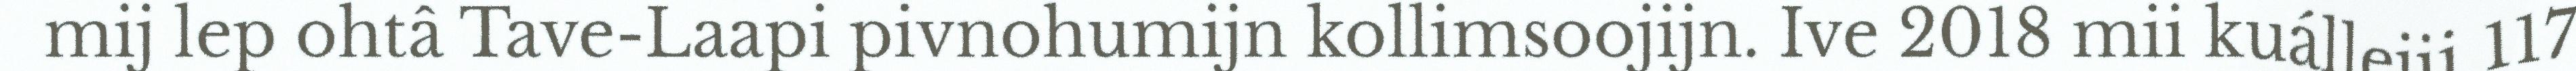
mij lep ohtâ Tave-Laapi pivnohumijn kollimsoojijn. Ive 2018 mii kuállejii 117